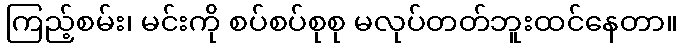
ကြည့်စမ်း၊ မင်းကို စပ်စပ်စုစု မလုပ်တတ်ဘူးထင်နေတာ။